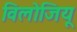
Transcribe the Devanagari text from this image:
विलोजियू